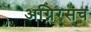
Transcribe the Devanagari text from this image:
अग्निरसच